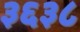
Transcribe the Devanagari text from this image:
३६३८